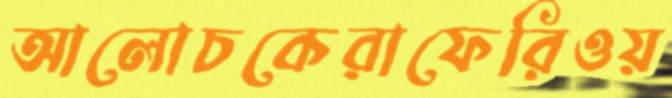
আলোচকেরাফেরিওয়